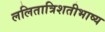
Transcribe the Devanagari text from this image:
ललितात्रिशतीभाष्य